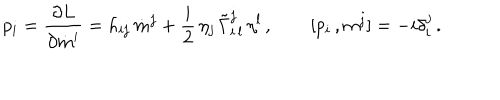
LaTeX: p _ { i } = \frac { \partial L } { \partial \dot { m } ^ { i } } = h _ { i j } \, \dot { m } ^ { j } + \frac { i } { 2 } \, \eta _ { j } \, \tilde { \Gamma } _ { i \, l } ^ { j } \, \eta ^ { l } \, , \qquad [ p _ { i } \, , m ^ { j } ] = - i \delta _ { i } ^ { j } \, .